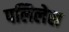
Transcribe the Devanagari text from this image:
पलिलेस